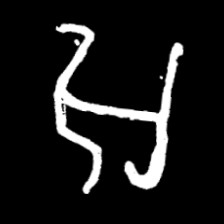
Pyu character \u2014 Myanmar letter: အ (romanized: a)